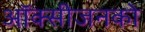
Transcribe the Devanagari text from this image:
ऑक्सीजनको